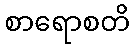
စာရောစတိ